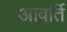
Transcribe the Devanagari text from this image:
आवर्ति